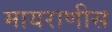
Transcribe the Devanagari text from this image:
मायराणीस